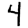
Digit: 4